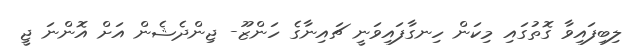
ލިބިފައިވާ ގޮތުގައި މިކަން ހިނގާފައިވަނީ ޗައިނާގެ ހަންޒޫ- ޖިންދެޝެން އަށް އޮންނަ ޖީ